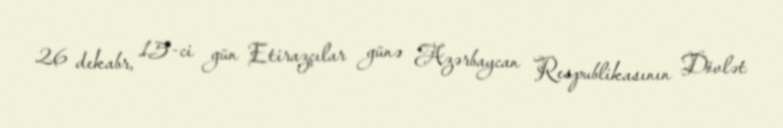
26 dekabr, 15-ci gün Etirazçılar günə Azərbaycan Respublikasının Dövlət